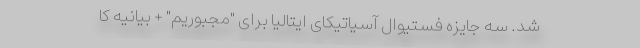
شد. سه جایزه فستیوال آسیاتیکای ایتالیا برای "مجبوریم" + بیانیه کا